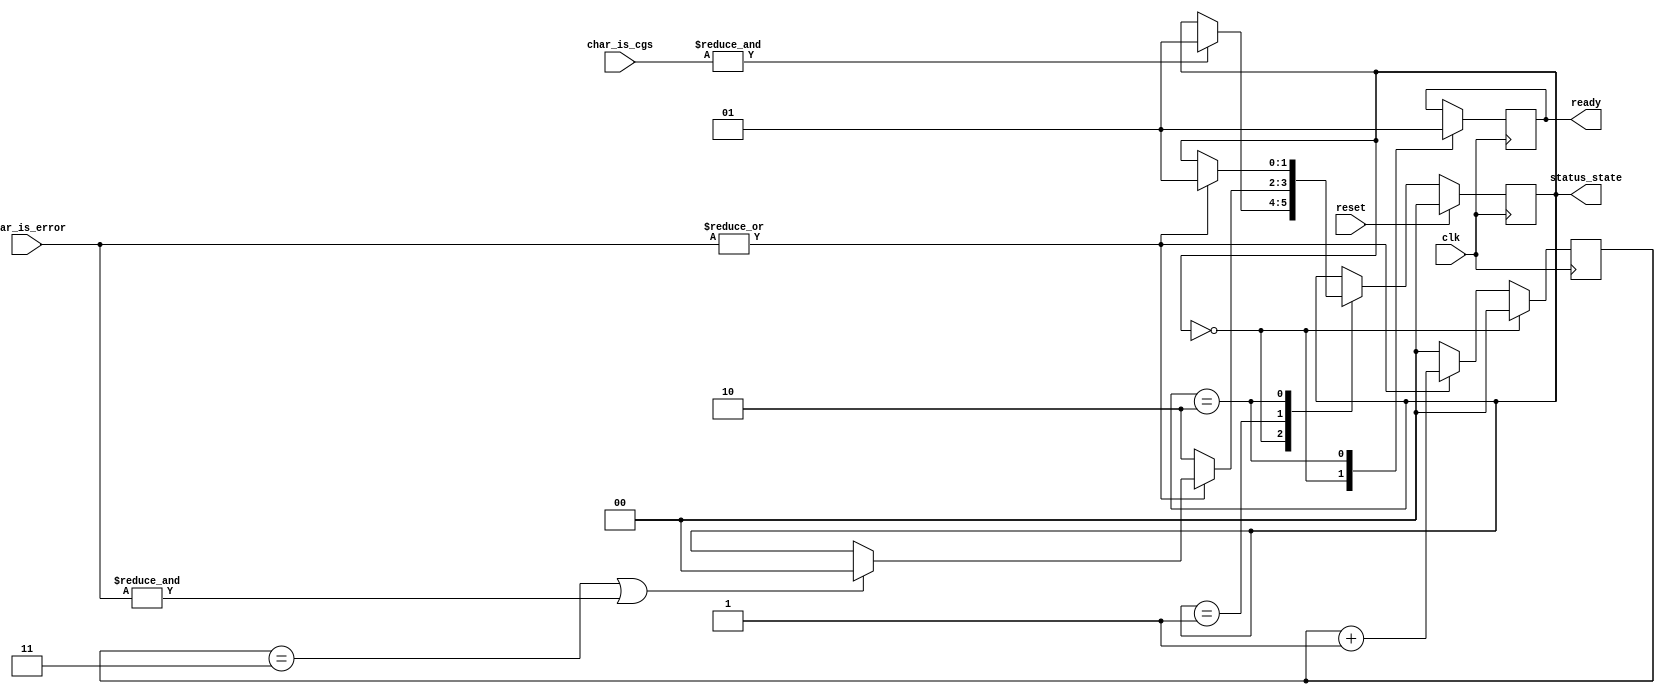
// ***************************************************************************
// ***************************************************************************
// Copyright (C) 2017, 2018, 2022 Analog Devices, Inc. All rights reserved.
// SPDX short identifier: ADIJESD204
// ***************************************************************************
// ***************************************************************************

`timescale 1ns/100ps

module jesd204_rx_cgs #(
  parameter DATA_PATH_WIDTH = 4
) (
  input clk,
  input reset,

  input [DATA_PATH_WIDTH-1:0] char_is_cgs,
  input [DATA_PATH_WIDTH-1:0] char_is_error,

  output ready,

  output [1:0] status_state
);

  localparam CGS_STATE_INIT = 2'b00;
  localparam CGS_STATE_CHECK = 2'b01;
  localparam CGS_STATE_DATA = 2'b10;

  reg [1:0] state = CGS_STATE_INIT;
  reg rdy = 1'b0;
  reg [1:0] beat_error_count = 'h00;

  wire beat_is_cgs = &char_is_cgs;
  wire beat_has_error = |char_is_error;
  wire beat_is_all_error = &char_is_error;

  assign ready = rdy;
  assign status_state = state;

  always @(posedge clk) begin
    if (state == CGS_STATE_INIT) begin
      beat_error_count <= 'h00;
    end else begin
      if (beat_has_error == 1'b1) begin
        beat_error_count <= beat_error_count + 1'b1;
      end else begin
        beat_error_count <= 'h00;
      end
    end
  end

  always @(posedge clk) begin
    if (reset == 1'b1) begin
      state <= CGS_STATE_INIT;
    end else begin
      case (state)
      CGS_STATE_INIT: begin
        if (beat_is_cgs == 1'b1) begin
          state <= CGS_STATE_CHECK;
        end
      end
      CGS_STATE_CHECK: begin
        if (beat_has_error == 1'b1) begin
          if (beat_error_count == 'h3 ||
              beat_is_all_error == 1'b1) begin
            state <= CGS_STATE_INIT;
          end
        end else begin
          state <= CGS_STATE_DATA;
        end
      end
      CGS_STATE_DATA: begin
        if (beat_has_error == 1'b1) begin
          state <= CGS_STATE_CHECK;
        end
      end
      endcase
    end
  end

  always @(posedge clk) begin
    case (state)
    CGS_STATE_INIT: rdy <= 1'b0;
    CGS_STATE_DATA: rdy <= 1'b1;
    default: rdy <= rdy;
    endcase
  end

endmodule